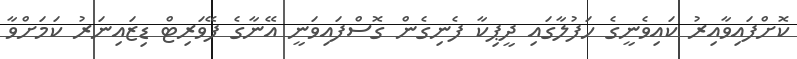
ކޮށްފައިވާއިރު ކައިވެނީގެ ހަފުލާގައި ދީޕިކާ ފެނިގެން ގޮސްފައިވަނީ އޭނާގެ ފޭވަރިޓް ޑިޒައިނަރު ކަމަށްވާ